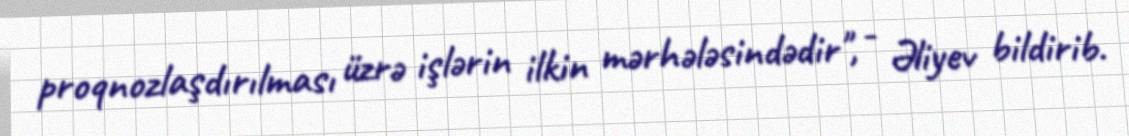
proqnozlaşdırılması üzrə işlərin ilkin mərhələsindədir", - Əliyev bildirib.